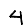
Digit: 4